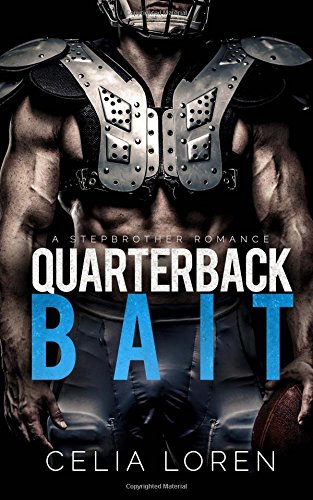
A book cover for Quarterback Bait (A Stepbrother Romance); Celia Loren; Romance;